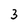
Character: 3